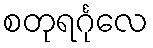
စတုရင်္ဂုလေ